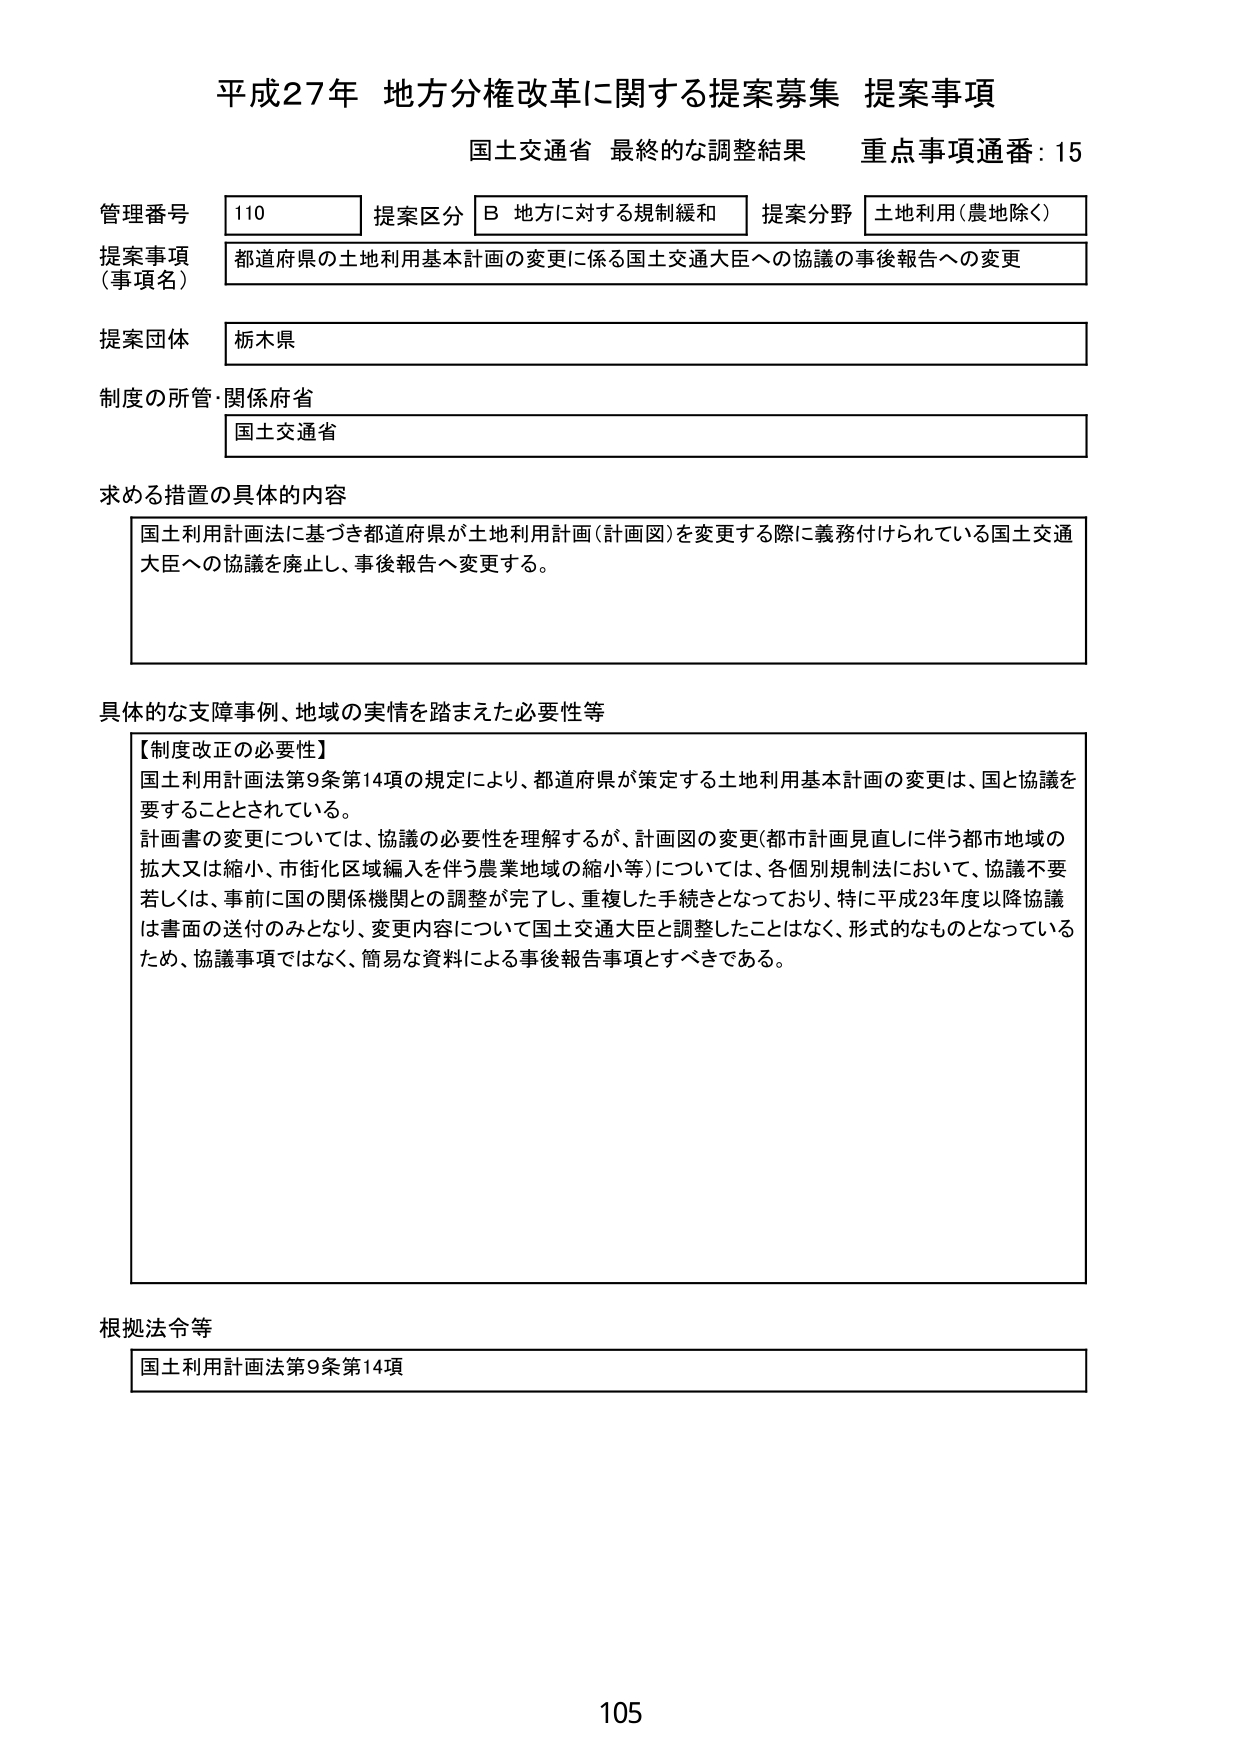
平成27年 地方分権改革に関する提案募集 提案事項
国土交通省 最終的な調整結果 重点事項通番：15

管理番号 110 提案区分 B 地方に対する規制緩和 提案分野 土地利用（農地除く）
提案事項（事項名） 都道府県の土地利用基本計画の変更に係る国土交通大臣への協議の事後報告への変更
提案団体 栃木県
制度の所管・関係府省 国土交通省

求める措置の具体的内容
国土利用計画法に基づき都道府県が土地利用計画（計画図）を変更する際に義務付けられている国土交通大臣への協議を廃止し、事後報告へ変更する。

具体的な支障事例、地域の実情を踏まえた必要性等
【制度改正の必要性】
国土利用計画法第9条第14項の規定により、都道府県が策定する土地利用基本計画の変更は、国と協議を要することとされている。
計画書の変更については、協議の必要性を理解するが、計画図の変更（都市計画見直しに伴う都市地域の拡大又は縮小、市街化区域編入を伴う農業地域の縮小等）については、各個別規制法において、協議不要若しくは、事前に国の関係機関との調整が完了し、重複した手続きとなっており、特に平成23年度以降協議は書面の送付のみとなり、変更内容について国土交通大臣と調整したことはなく、形式的なものとなっているため、協議事項ではなく、簡易な資料による事後報告事項とすべきである。

根拠法令等
国土利用計画法第9条第14項

105